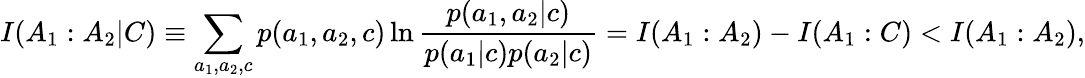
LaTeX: I(A_{1}:A_{2}|C)\equiv\sum_{a_{1},a_{2},c}p(a_{1},a_{2},c)\ln\frac{p(a_{1},a_{2}|c)}{p(a_{1}|c)p(a_{2}|c)}=I(A_{1}:A_{2})-I(A_{1}:C)<I(A_{1}:A_{2}),